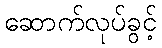
ဆောက်လုပ်ခွင့်